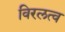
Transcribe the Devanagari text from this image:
विरलत्व